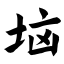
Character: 垴